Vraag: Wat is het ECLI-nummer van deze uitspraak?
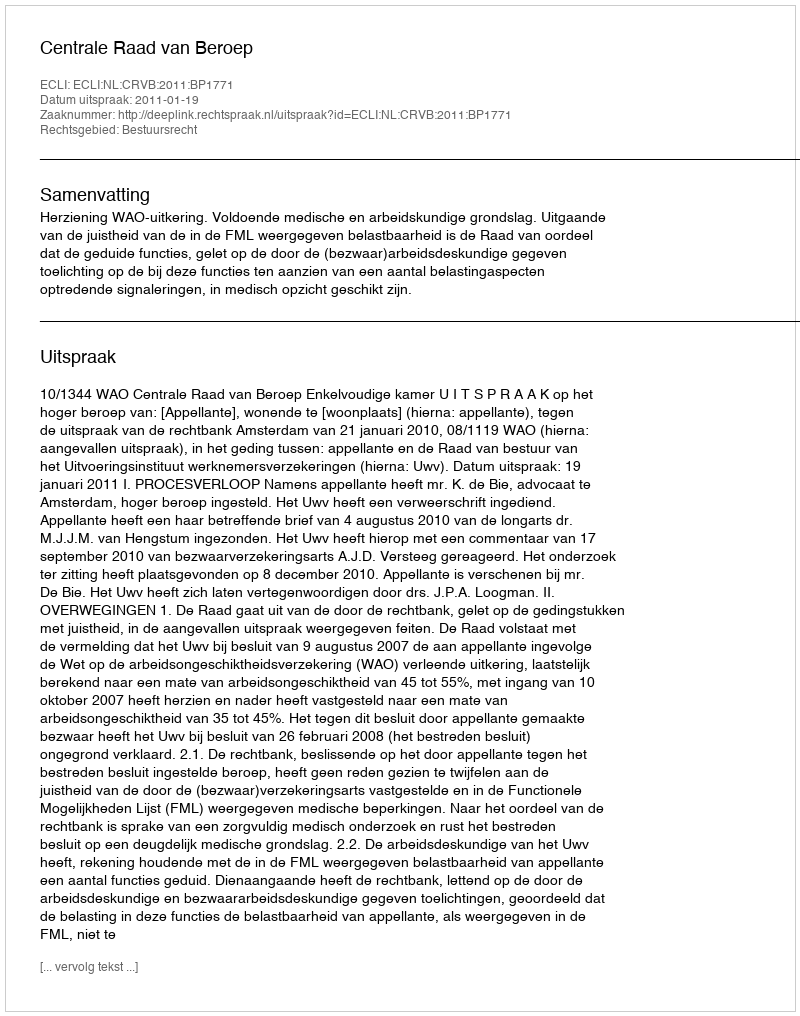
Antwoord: ECLI:NL:CRVB:2011:BP1771